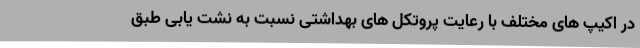
در اکیپ های مختلف با رعایت پروتکل های بهداشتی نسبت به نشت یابی طبق